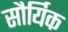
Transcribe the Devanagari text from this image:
सौर्यिक